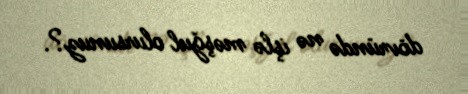
dövründə nə işlə məşğul olursunuz?.